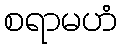
စရာမဟံ